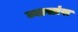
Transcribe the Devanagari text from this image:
व्यासांस